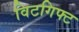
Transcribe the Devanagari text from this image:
विटगिफ्ट